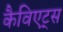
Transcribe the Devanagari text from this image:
कैविएट्स